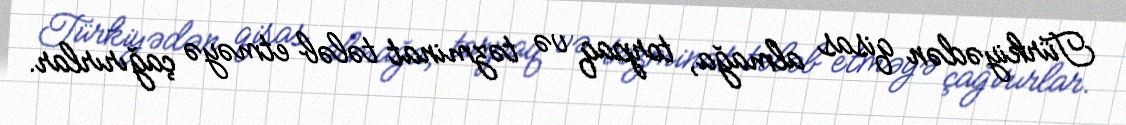
Türkiyədən qisas almağa, torpaq və təzminat tələb etməyə çağırırlar.